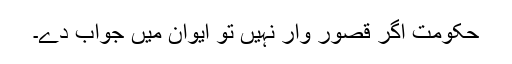
حکومت اگر قصور وار نہیں تو ایوان میں جواب دے۔